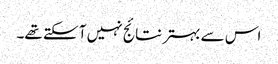
اس سے بہتر نتائج نہیں آ سکتے تھے۔